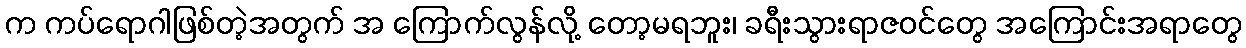
က ကပ်ရောဂါဖြစ်တဲ့အတွက် အ ကြောက်လွန်လို့ တော့မရဘူး၊ ခရီးသွားရာဇဝင်တွေ အကြောင်းအရာတွေ